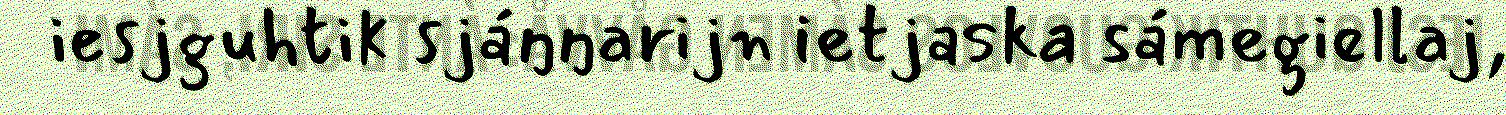
iesjguhtik sjáŋŋarijn ietjaska sámegiellaj,